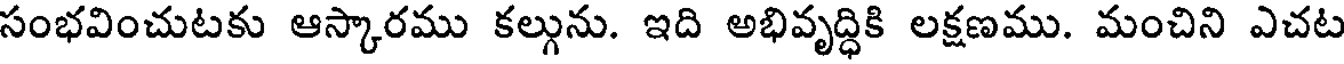
సంభవించుటకు ఆస్కారము కల్గును. ఇది అభివృద్ధికి లక్షణము. మంచిని ఎచట